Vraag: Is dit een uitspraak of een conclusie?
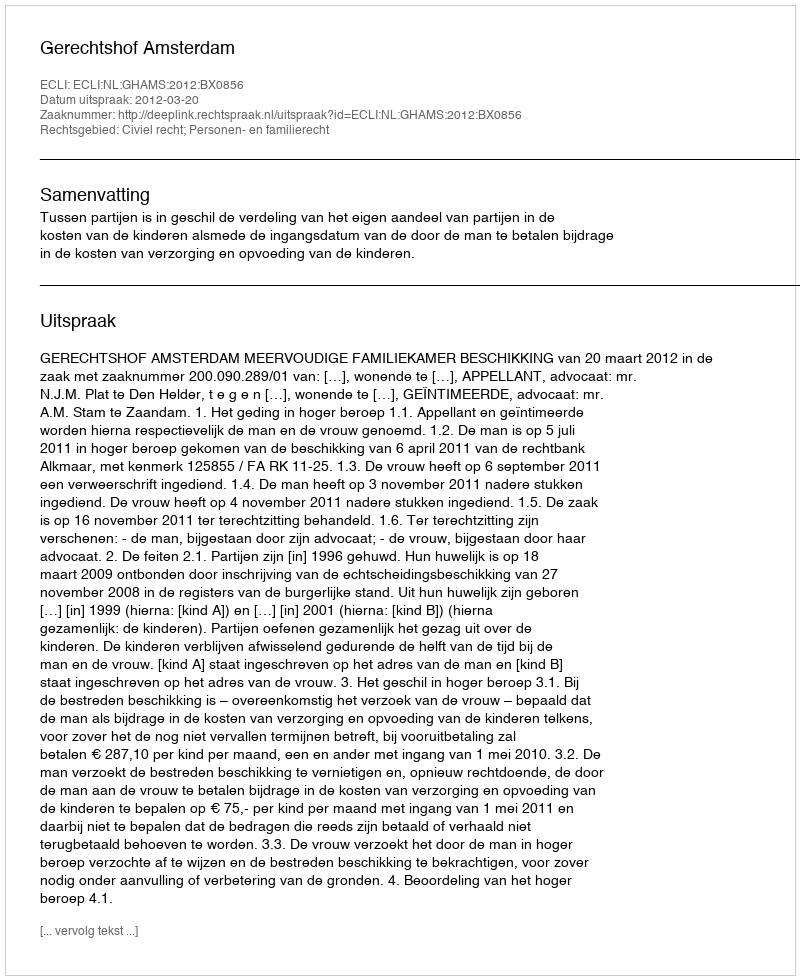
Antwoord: Uitspraak